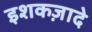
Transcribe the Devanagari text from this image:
इशकज़ादे